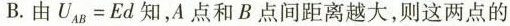
B.由$$U _ { A B } = E d$$ 知，A点和B点间距离越大，则这两点的